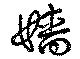
嬙